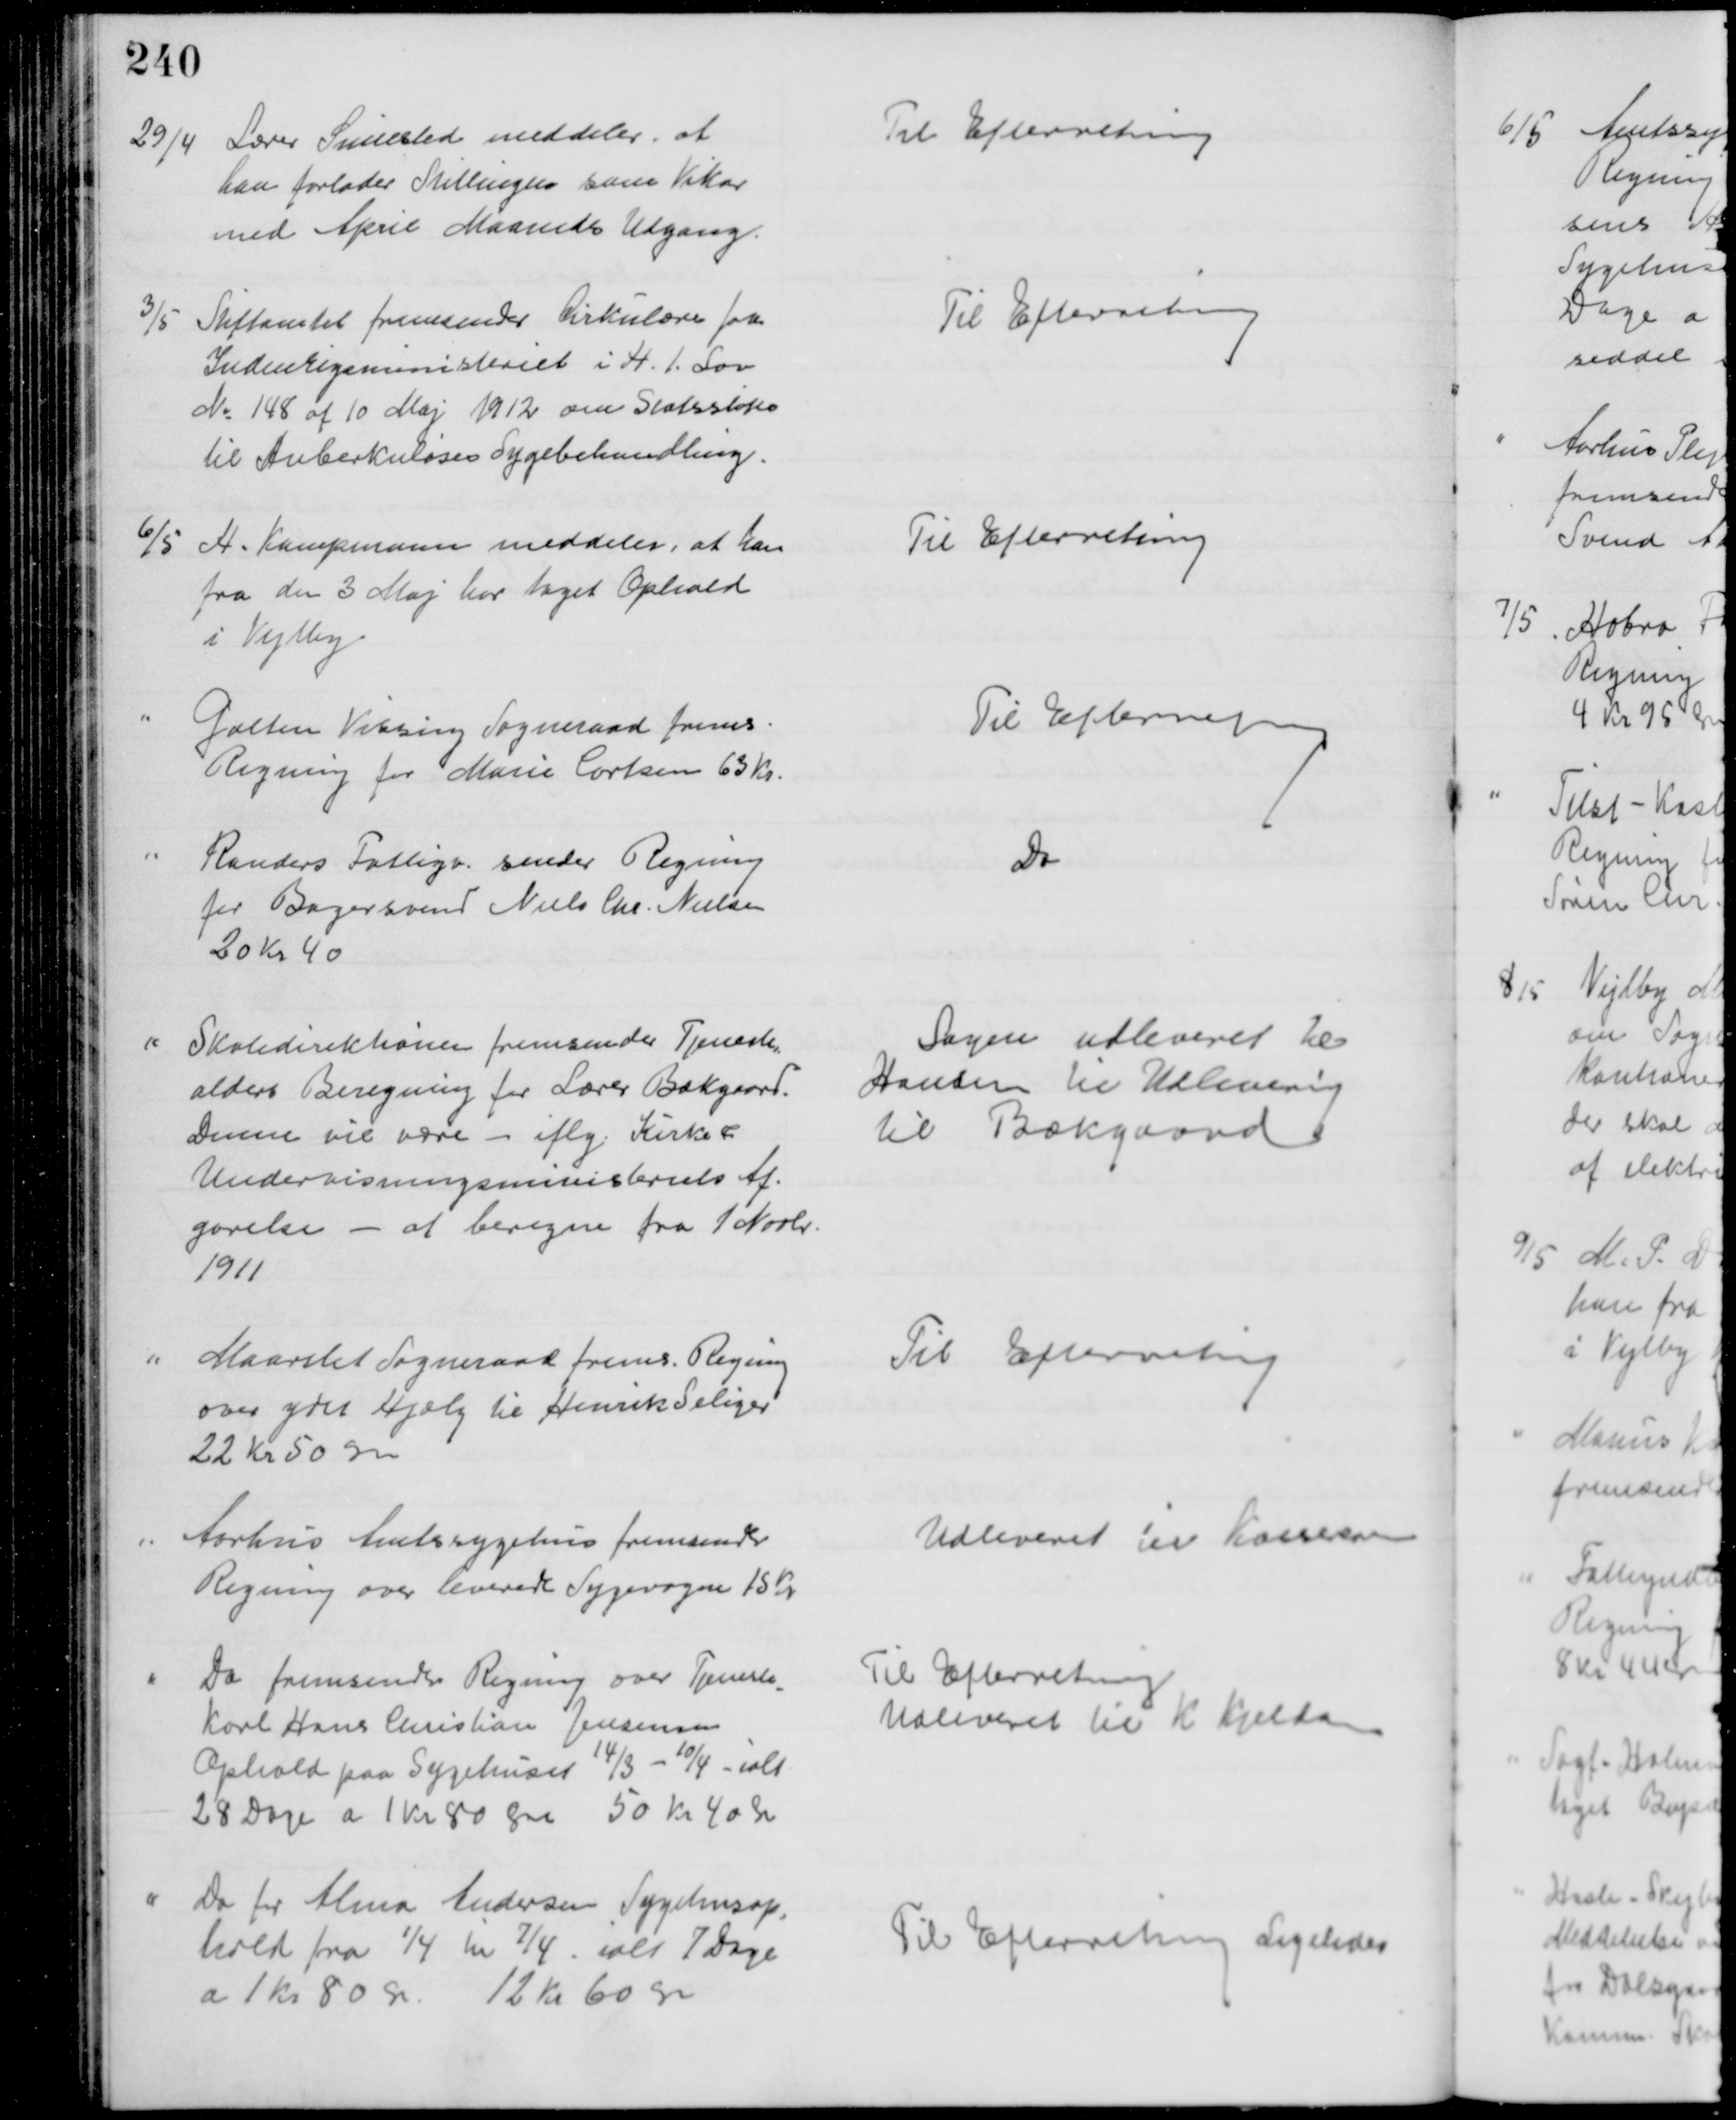
Transskription:
29/4
Lærer Simested meddeler, at
han forlader Stillingen som Vikar
med April Maaneds Udgang.
Til Efterretning
3/5
Stiftamtet fremsender Cirkulære fra
Indenrigsministeriet i H. t. Lov
№ 148 af 10 Maj 1912 om Statsstøtte
til Tuberkuløses Sygebehandling.
Til Efterretning.
6/5
H. Kampmann meddeler, at han
fra den 3 Maj har taget Ophold
i Vejlby
Til Efterretning
Galten Vissing Sogneraad frems.
Regning for Marie Carlsen 63 Kr.
Til Efterretning
Randers Fattigv. sender Regning
for Bagersvend Niels Chr. Nielsen
20 Kr 40
Do
Skoledirektionen fremsender Tjeneste-
alders Beregning for Lærer Bækgaard.
Denne vil være - iflg. Kirke &
Undervisningsministeriets Af-
gørelse - at beregne fra 1 Novbr.
1911
Sagen udleveret til
Hansen til Udlevering
til Bækgaard
Maarslet Sogneraad frems. Regning
over ydet Hjælp til Henrik Seliger
22 Kr 50 Øre
Til Efterretning
Aarhus Amtssygehus fremsender
Regning over leverede Sygevogne 15 Kr
Udleveret til Kasseren
Do fremsendter Regning over Tjeneste
-
karl Hans Christian Jensens
Ophold paa Sygehuset 14/3 - 10/4 - ialt
28 Dage a 1 kr 80 Øre 50 Kr 40 Øre
Til Efterretning
Udleveret til K Kjeldsen
Do for Alma Andersen Sygehusop-
hold fra 1/4 til 7/4 - ialt 7 Dage
a 1 kr 80 Kr. 12 Kr 60 Øre
Til Efterretning Ligeledes